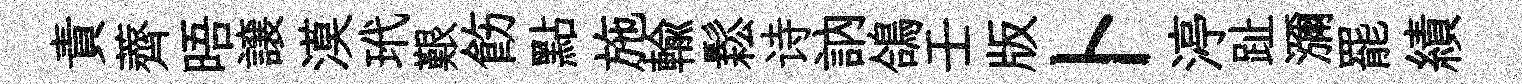
責薺晤譲漠玳艱飭點施輸鬆诗訥鴿壬版卜渟趾瀰罷績